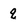
Character: q